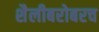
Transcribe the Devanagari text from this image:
शैलीबरोबरच